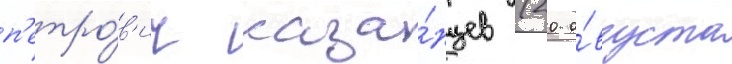
п'етро́в'ич каза́нцев (20 а́вгуста